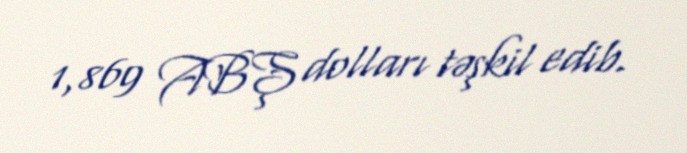
1,869 ABŞ dolları təşkil edib.